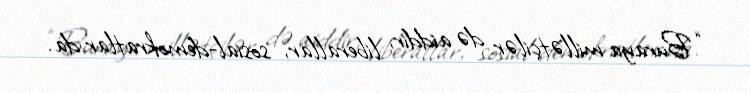
“Buraya millətçilər də aiddir, liberallar, sosial-demokratlar da.